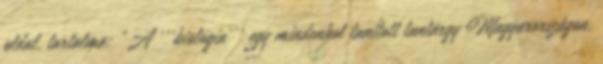
oldal, tartalma: „A '''biológia''' egy mindenhol tanított tantárgy Magyarországon.